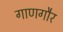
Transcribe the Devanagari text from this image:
गाणगौर